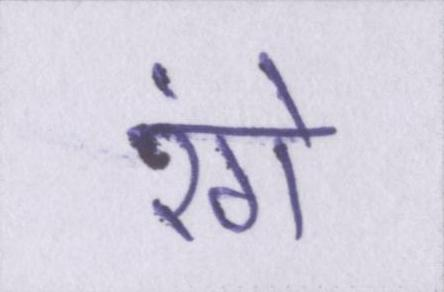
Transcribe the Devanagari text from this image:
रंगे